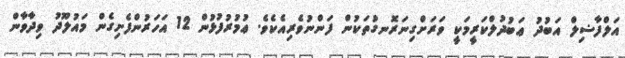
އަލްފާޟިލް އަބުދު ޢަބުދުލްކަރީމަކީ ވަރަށްގިނަރޮނގުތަކުން ފަންނުވެރިއެކެވެ. ޢުމުރުފުޅުން 12 އަހަރުންފެށިގެން މައުލޫދު ވިދާވާން